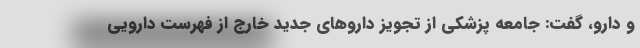
و دارو، گفت: جامعه پزشکی از تجویز داروهای جدید خارج از فهرست دارویی